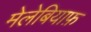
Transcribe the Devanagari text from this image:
मेलेबियाफ़